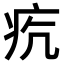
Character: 𤵎